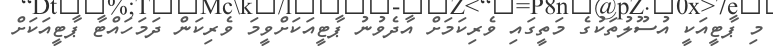
މި ޕާޓީއަކީ އުސޫލުތަކުގެ މަތީގައި ވެރިކަމަށް އާދެވުނު ޕާޓީއަކަށްވީމަ ވެރިކަން ދަމަހައްޓާ ޕާޓީއަކަށް